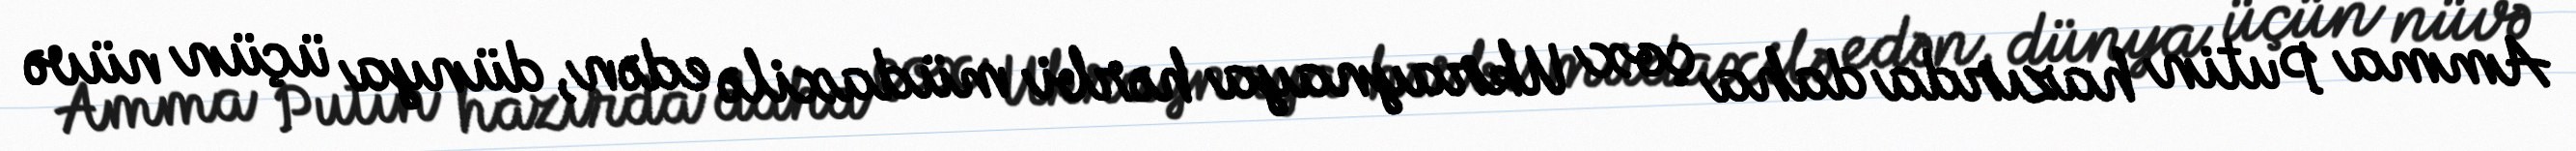
Amma Putin hazırda daha çox Ukraynaya hərbi müdaxilə edən, dünya üçün nüvə